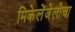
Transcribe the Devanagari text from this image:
मिकेलेंजेलोचा